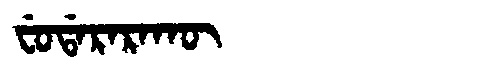
Manchu: ᠸᡠᡩᠠᡵᠠᡵᠠᡴᡡ
Romanization: FUDARARAKŪ